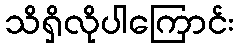
သိရှိလိုပါကြောင်း